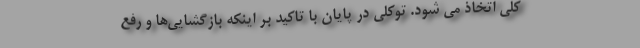
کلی اتخاذ می شود. توکلی در پایان با تاکید بر اینکه بازگشایی‌ها و رفع